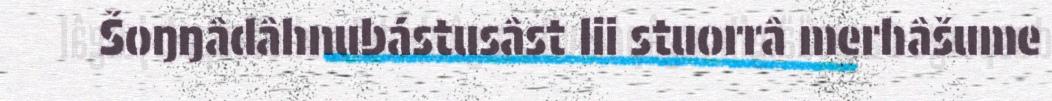
Šoŋŋâdâhnubástusâst lii stuorrâ merhâšume